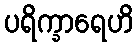
ပရိက္ခာရေဟိ